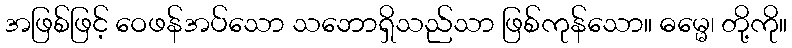
အဖြစ်ဖြင့် ဝေဖန်အပ်သော သဘောရှိသည်သာ ဖြစ်ကုန်သော။ ဓမ္မေ၊ တို့ကို။